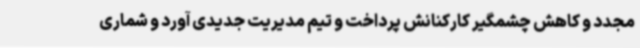
مجدد و کاهش چشمگیر کارکنانش پرداخت و تیم مدیریت جدیدی آورد و شماری